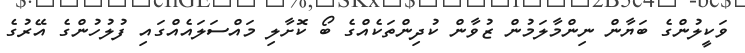
ވަކީލުންގެ ބަޔާން ނިންމާލަމުން ޒުވާން ކުދިންތަކެއްގެ ބޯ ކޮށާލި މައްސަލައެއްގައި ފުލުހުންގެ އޭރުގެ